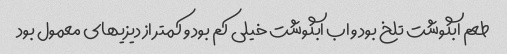
طعم ابگوشت تلخ بود و اب ابگوشت خیلی کم بود و کمتر از دیزیهای معمول بود